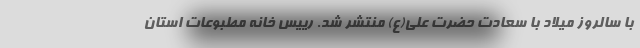
با سالروز میلاد با سعادت حضرت علی(ع) منتشر شد. رییس خانه مطبوعات استان